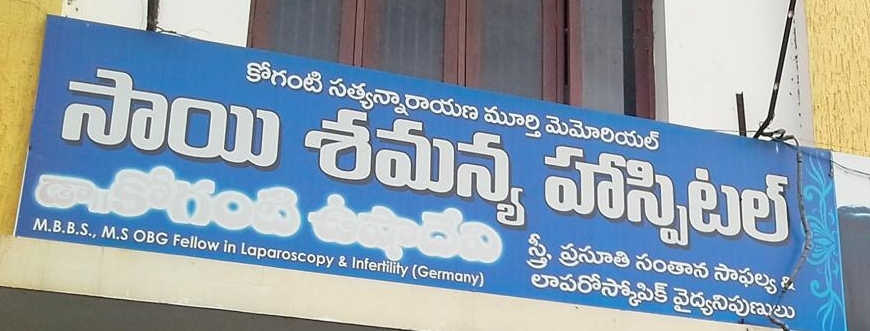
Language: telugu
Transcription: హస్పటల్ స్త్రీ , మెమోరియల్ సాయి శమన్య కోగంటి ప్రసూతి సంతాన సాఫల్య లాపరో స్కోపిక్ వైద్యనిపుణులు కోగంటి సత్యన్నారాయణ మూర్తి